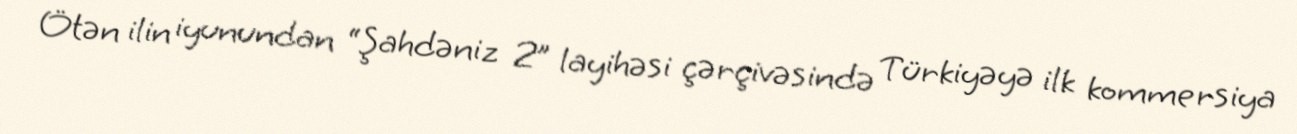
Ötən ilin iyunundan “Şahdəniz 2” layihəsi çərçivəsində Türkiyəyə ilk kommersiya